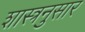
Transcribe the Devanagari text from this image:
शास्त्रनुसार